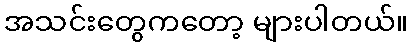
အသင်းတွေကတော့ များပါတယ်။